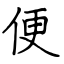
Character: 便